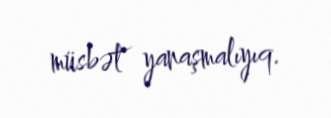
müsbət yanaşmalıyıq.